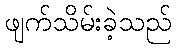
ဖျက်သိမ်းခဲ့သည်